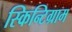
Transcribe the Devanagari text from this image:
स्किन्टिग्राम